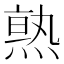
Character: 𱫹